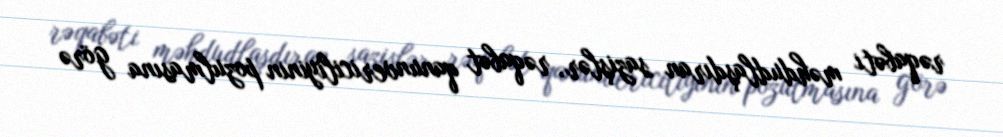
rəqabəti məhdudlaşdıran sazişlər, rəqabət qanunvericiliyinin pozulmasına görə